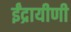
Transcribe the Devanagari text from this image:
ईंद्रायीणी